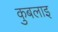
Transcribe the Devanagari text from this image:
कुबलाइ